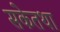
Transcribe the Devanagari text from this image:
सकेतथा